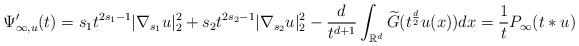
LaTeX: \begin{align*}\Psi_{\infty,u}'(t)=s_1 t^{2s_1-1} |\nabla_{s_1}u|_2^2+s_2t^{2s_2-1} |\nabla_{s_2}u|_2^2-\frac{d}{t^{d+1}}\displaystyle\int_{\mathbb{R}^{d}}\widetilde{G}(t^{\frac{d}{2}}u(x))dx=\frac{1}{t}P_\infty(t*u)\end{align*}